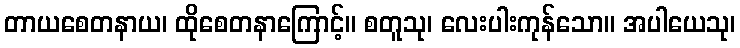
တာယစေတနာယ၊ ထိုစေတနာကြောင့်။ စတူသု၊ လေးပါးကုန်သော။ အပါယေသု၊